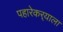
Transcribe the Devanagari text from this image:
पहारेकर्‍याला